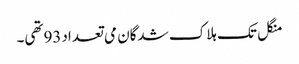
منگل تک ہلاک شدگان می تعداد93تھی۔